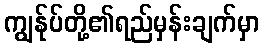
ကျွန်ုပ်တို့၏ရည်မှန်းချက်မှာ